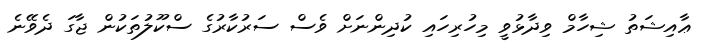
ޢާއިޝަތު ޝިހާމް ވިދާޅުވީ މިހުރިހައި ކުދިންނަށް ވެސް ސަރުކާރުގެ ސްކޫލުތަކުން ޖާގަ ދެވޭނެ